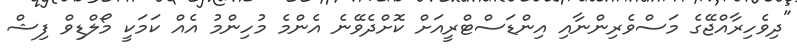
"ދިވެހިރާއްޖޭގެ މަސްވެރިންނާއި އިންޑަސްޓްރީއަށް ކޮށްދެވޭނެ އެންމެ މުހިންމު އެއް ކަމަކީ މޯލްޑިވް ފިޝް